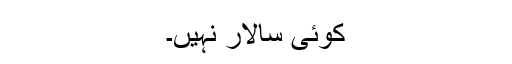
کوئی سالار نہیں۔